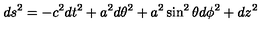
d s ^ { 2 } = - c ^ { 2 } d t ^ { 2 } + a ^ { 2 } d \theta ^ { 2 } + a ^ { 2 } \sin ^ { 2 } \theta d \phi ^ { 2 } + d z ^ { 2 }